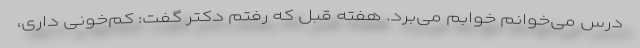
درس می‌خوانم خوابم می‌برد. هفته قبل که رفتم دکتر گفت: کم‌خونی داری،